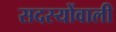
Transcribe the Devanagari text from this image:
सदस्योंवाली